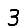
Digit: 3